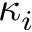
\kappa _ { i }